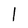
Character: l